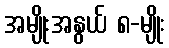
အမျိုးအနွယ် ၈-မျိုး